Indian Civil Veterinary Department memoirs
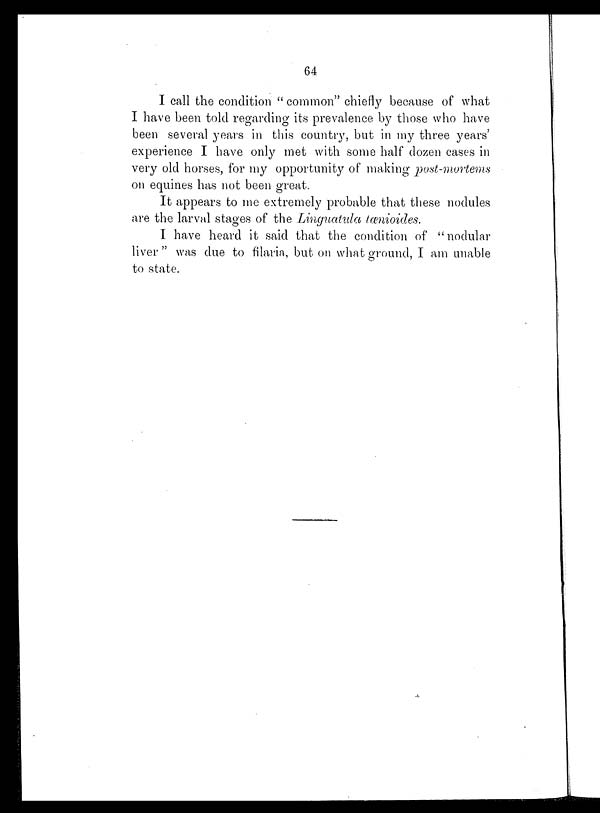
64
I call the condition "common" chiefly because of what
I have been told regarding its prevalence by those who have
been several years in this country, but in my three years'
experience I have only met with some half dozen cases in
very old horses, for my opportunity of making post-mortems
on equines has not been great.
It appears to me extremely probable that these nodules
are the larval stages of the Linguatula
tænioides.
I have heard it said that the condition of "nodular
liver" was due to filaria, but on what ground, I am unable
to state.